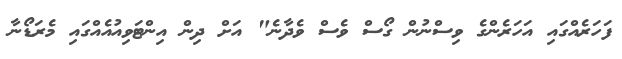
ފަހަރެއްގައި އަހަރެންގެ ވިސްނުން ގޯސް ވެސް ވެދާނެ" އަށް ދިން އިންޓަވިއުއެއްގައި މެރަޑޯނާ